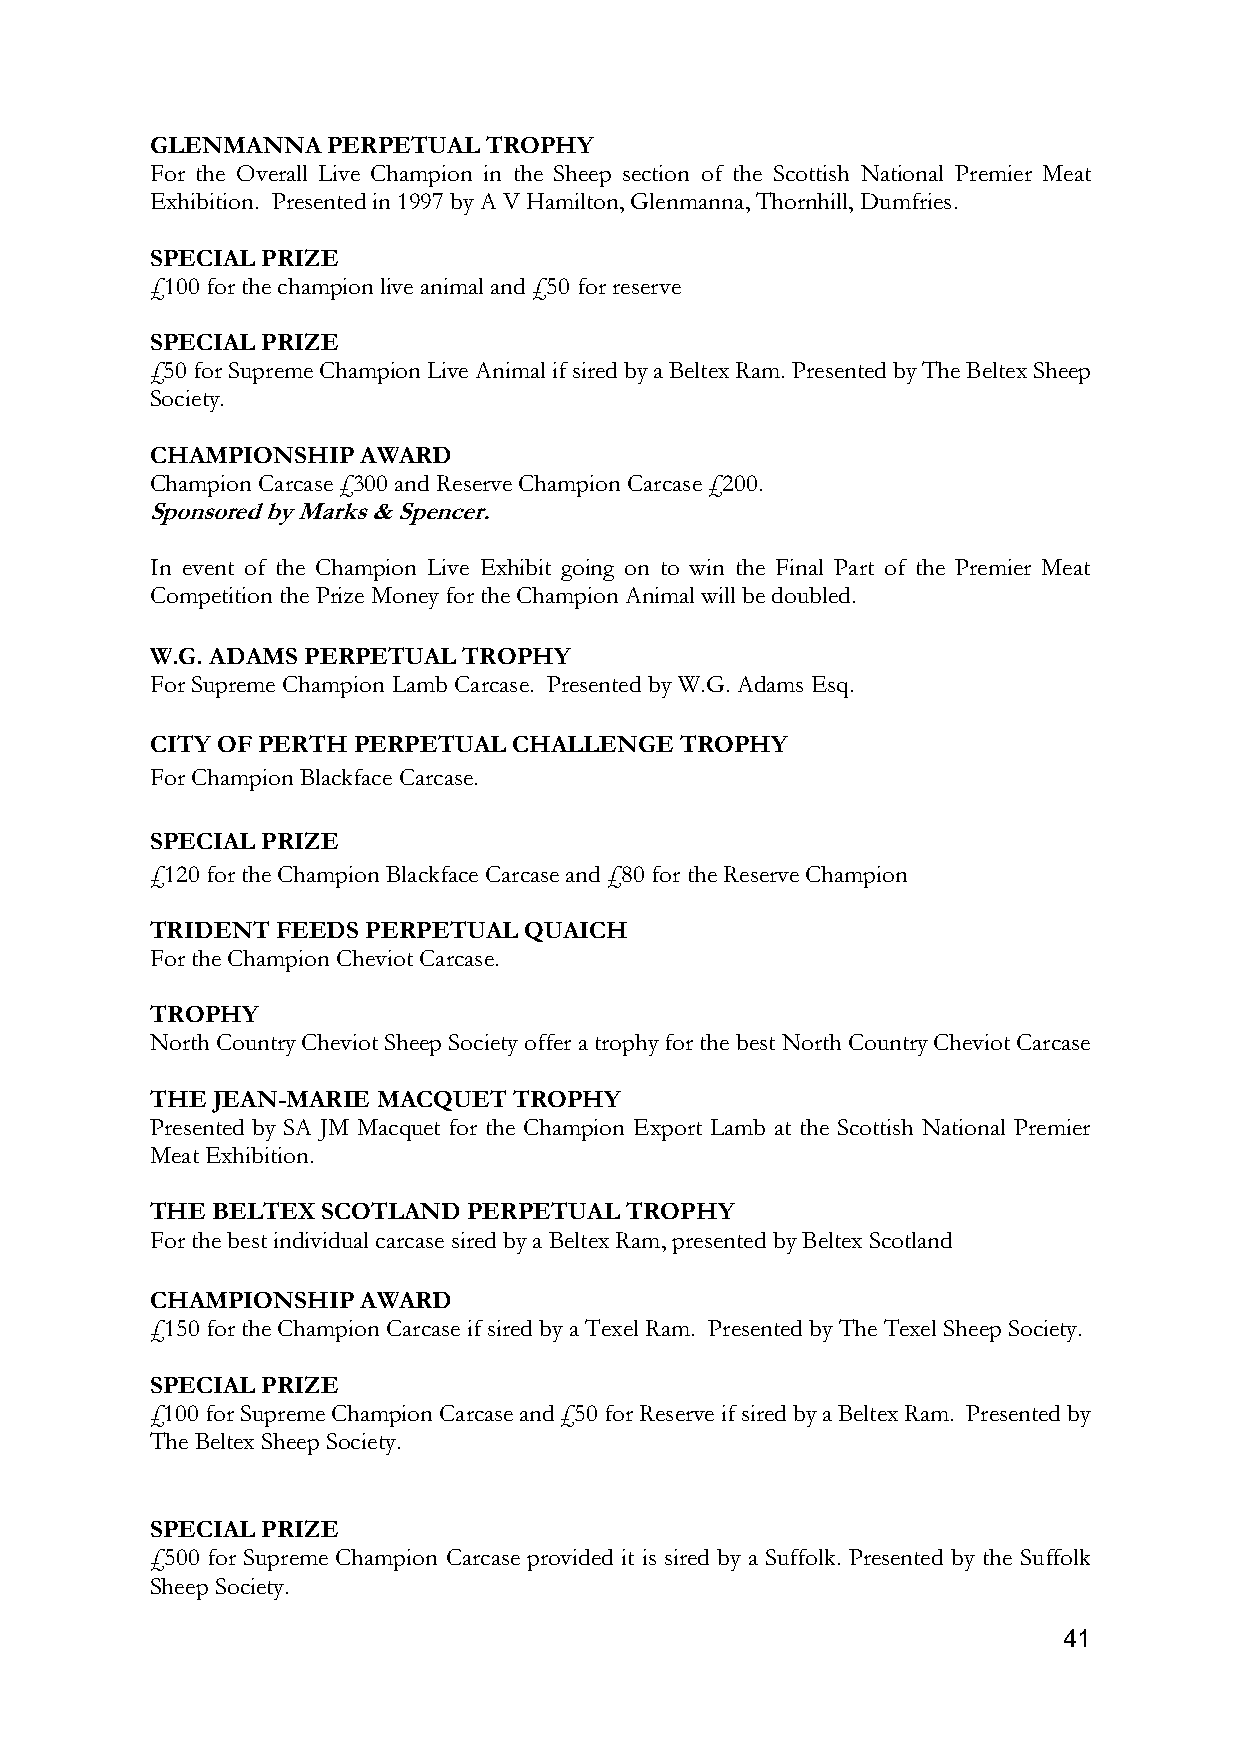
GLENMANNA   PERPETUAL TROPHY
 For the Overall Live Champion in the Sheep section of the Scottish National Premier Meat
 Exhibition. Presented in 1997 by A V Hamilton, Glenmanna, Thornhill, Dumfries.
 SPECIAL PRIZE
 £100 for the champion live animal and £50 for reserve
 SPECIAL PRIZE
 £50 for Supreme Champion Live Animal if sired by a Beltex Ram. Presented by The Beltex Sheep
 Society.
 CHAMPIONSHIP  AWARD
 Champion Carcase £300 and Reserve Champion Carcase £200.
 Sponsored by Marks & Spencer.
 In event of the Champion Live Exhibit going on to win the Final Part of the Premier Meat
 Competition the Prize Money for the Champion Animal will be doubled.
 W.G. ADAMS PERPETUAL TROPHY
 For Supreme Champion Lamb Carcase. Presented by W.G. Adams Esq.
 CITY OF PERTH PERPETUAL CHALLENGE  TROPHY
 For Champion Blackface Carcase.
 SPECIAL PRIZE
 £120 for the Champion Blackface Carcase and £80 for the Reserve Champion
 TRIDENT FEEDS PERPETUAL  QUAICH
 For the Champion Cheviot Carcase.
 TROPHY
 North Country Cheviot Sheep Society offer a trophy for the best North Country Cheviot Carcase
 THE JEAN-MARIE MACQUET  TROPHY
 Presented by SA JM Macquet for the Champion Export Lamb at the Scottish National Premier
 Meat Exhibition.
 THE BELTEX SCOTLAND  PERPETUAL TROPHY
 For the best individual carcase sired by a Beltex Ram, presented by Beltex Scotland
 CHAMPIONSHIP  AWARD
 £150 for the Champion Carcase if sired by a Texel Ram. Presented by The Texel Sheep Society.
 SPECIAL PRIZE
 £100 for Supreme Champion Carcase and £50 for Reserve if sired by a Beltex Ram. Presented by
 The Beltex Sheep Society.
 SPECIAL PRIZE
 £500 for Supreme Champion Carcase provided it is sired by a Suffolk. Presented by the Suffolk
 Sheep Society.
 41